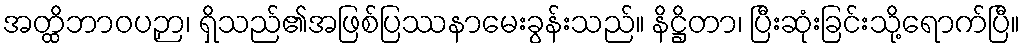
အတ္ထိဘာဝပဉှာ၊ ရှိသည်၏အဖြစ်ပြဿနာမေးခွန်းသည်။ နိဋ္ဌိတာ၊ ပြီးဆုံးခြင်းသို့ရောက်ပြီ။